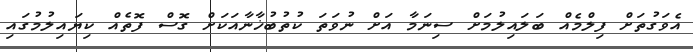
އެވަގުތަށް ފިލްމެއް ބަލައިލުމަށް ސިނަމާ އަށް ނުވަތަ ކުތުބުޚާނާއަކަށް ގޮސް ފޮތެއް ކިޔައިލުމުގައި